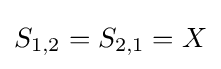
S_{1,2}=S_{2,1}=X